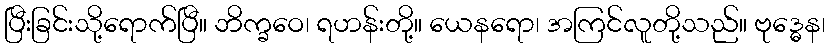
ပြီးခြင်းသို့ရောက်ပြီ။ ဘိက္ခဝေ၊ ရဟန်းတို့။ ယေနရော၊ အကြင်လူတို့သည်။ ဗုဒ္ဓေန၊